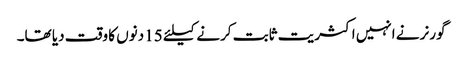
گورنر نے انہیں اکثریت ثابت کرنے کیلئے 15 دنوں کا وقت دیا تھا۔